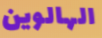
الهالوين